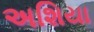
અશિયા